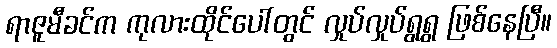
ရာဇူမီခင်က ကုလားထိုင်ပေါ်တွင် လှုပ်လှုပ်ရွရွ ဖြစ်နေပြီ။